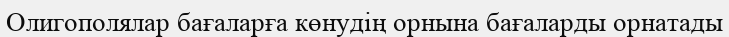
Олигополялар бағаларға көнудің орнына бағаларды орнатады